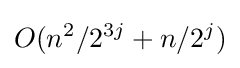
O(n^{2}/2^{3j}+n/2^{j})